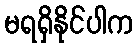
မရရှိနိုင်ပါက